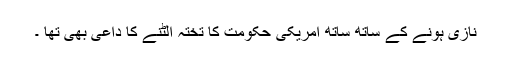
نازی ہونے کے ساتھ ساتھ امریکی حکومت کا تختہ الٹنے کا داعی بھی تھا ۔